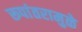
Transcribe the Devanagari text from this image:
रूपांतरामुळे